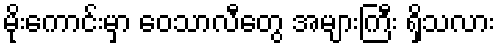
မိုးကောင်းမှာ ဝေသာလီတွေ အများကြီး ရှိသလား